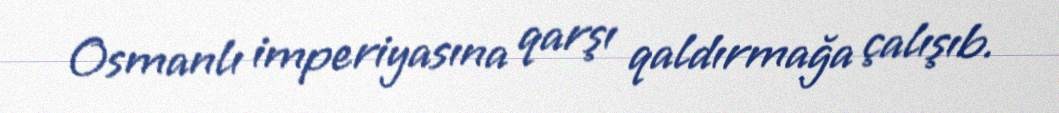
Osmanlı imperiyasına qarşı qaldırmağa çalışıb.